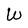
Character: W